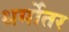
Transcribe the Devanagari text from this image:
धर्मोतर